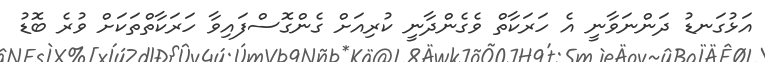
އަޅުގަނޑު ދަންނަވާނީ އެ ހަރަކާތް ވެގެންދާނީ ކުރިއަށް ގެންގޮސްފައިވާ ހަރަކާތްތަކަށް ވުރެ ބޮޑު